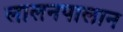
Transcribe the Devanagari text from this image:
लालनपालान